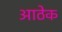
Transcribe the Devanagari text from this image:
आठेक